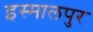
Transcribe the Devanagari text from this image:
इस्मालपुर